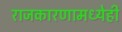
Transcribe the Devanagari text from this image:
राजकारणामध्येही